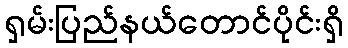
ရှမ်းပြည်နယ်တောင်ပိုင်းရှိ